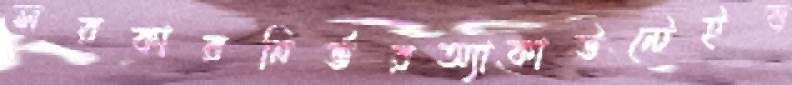
সরকারনির্ভরঅ্যাকাউন্টেইব